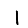
Digit: 1